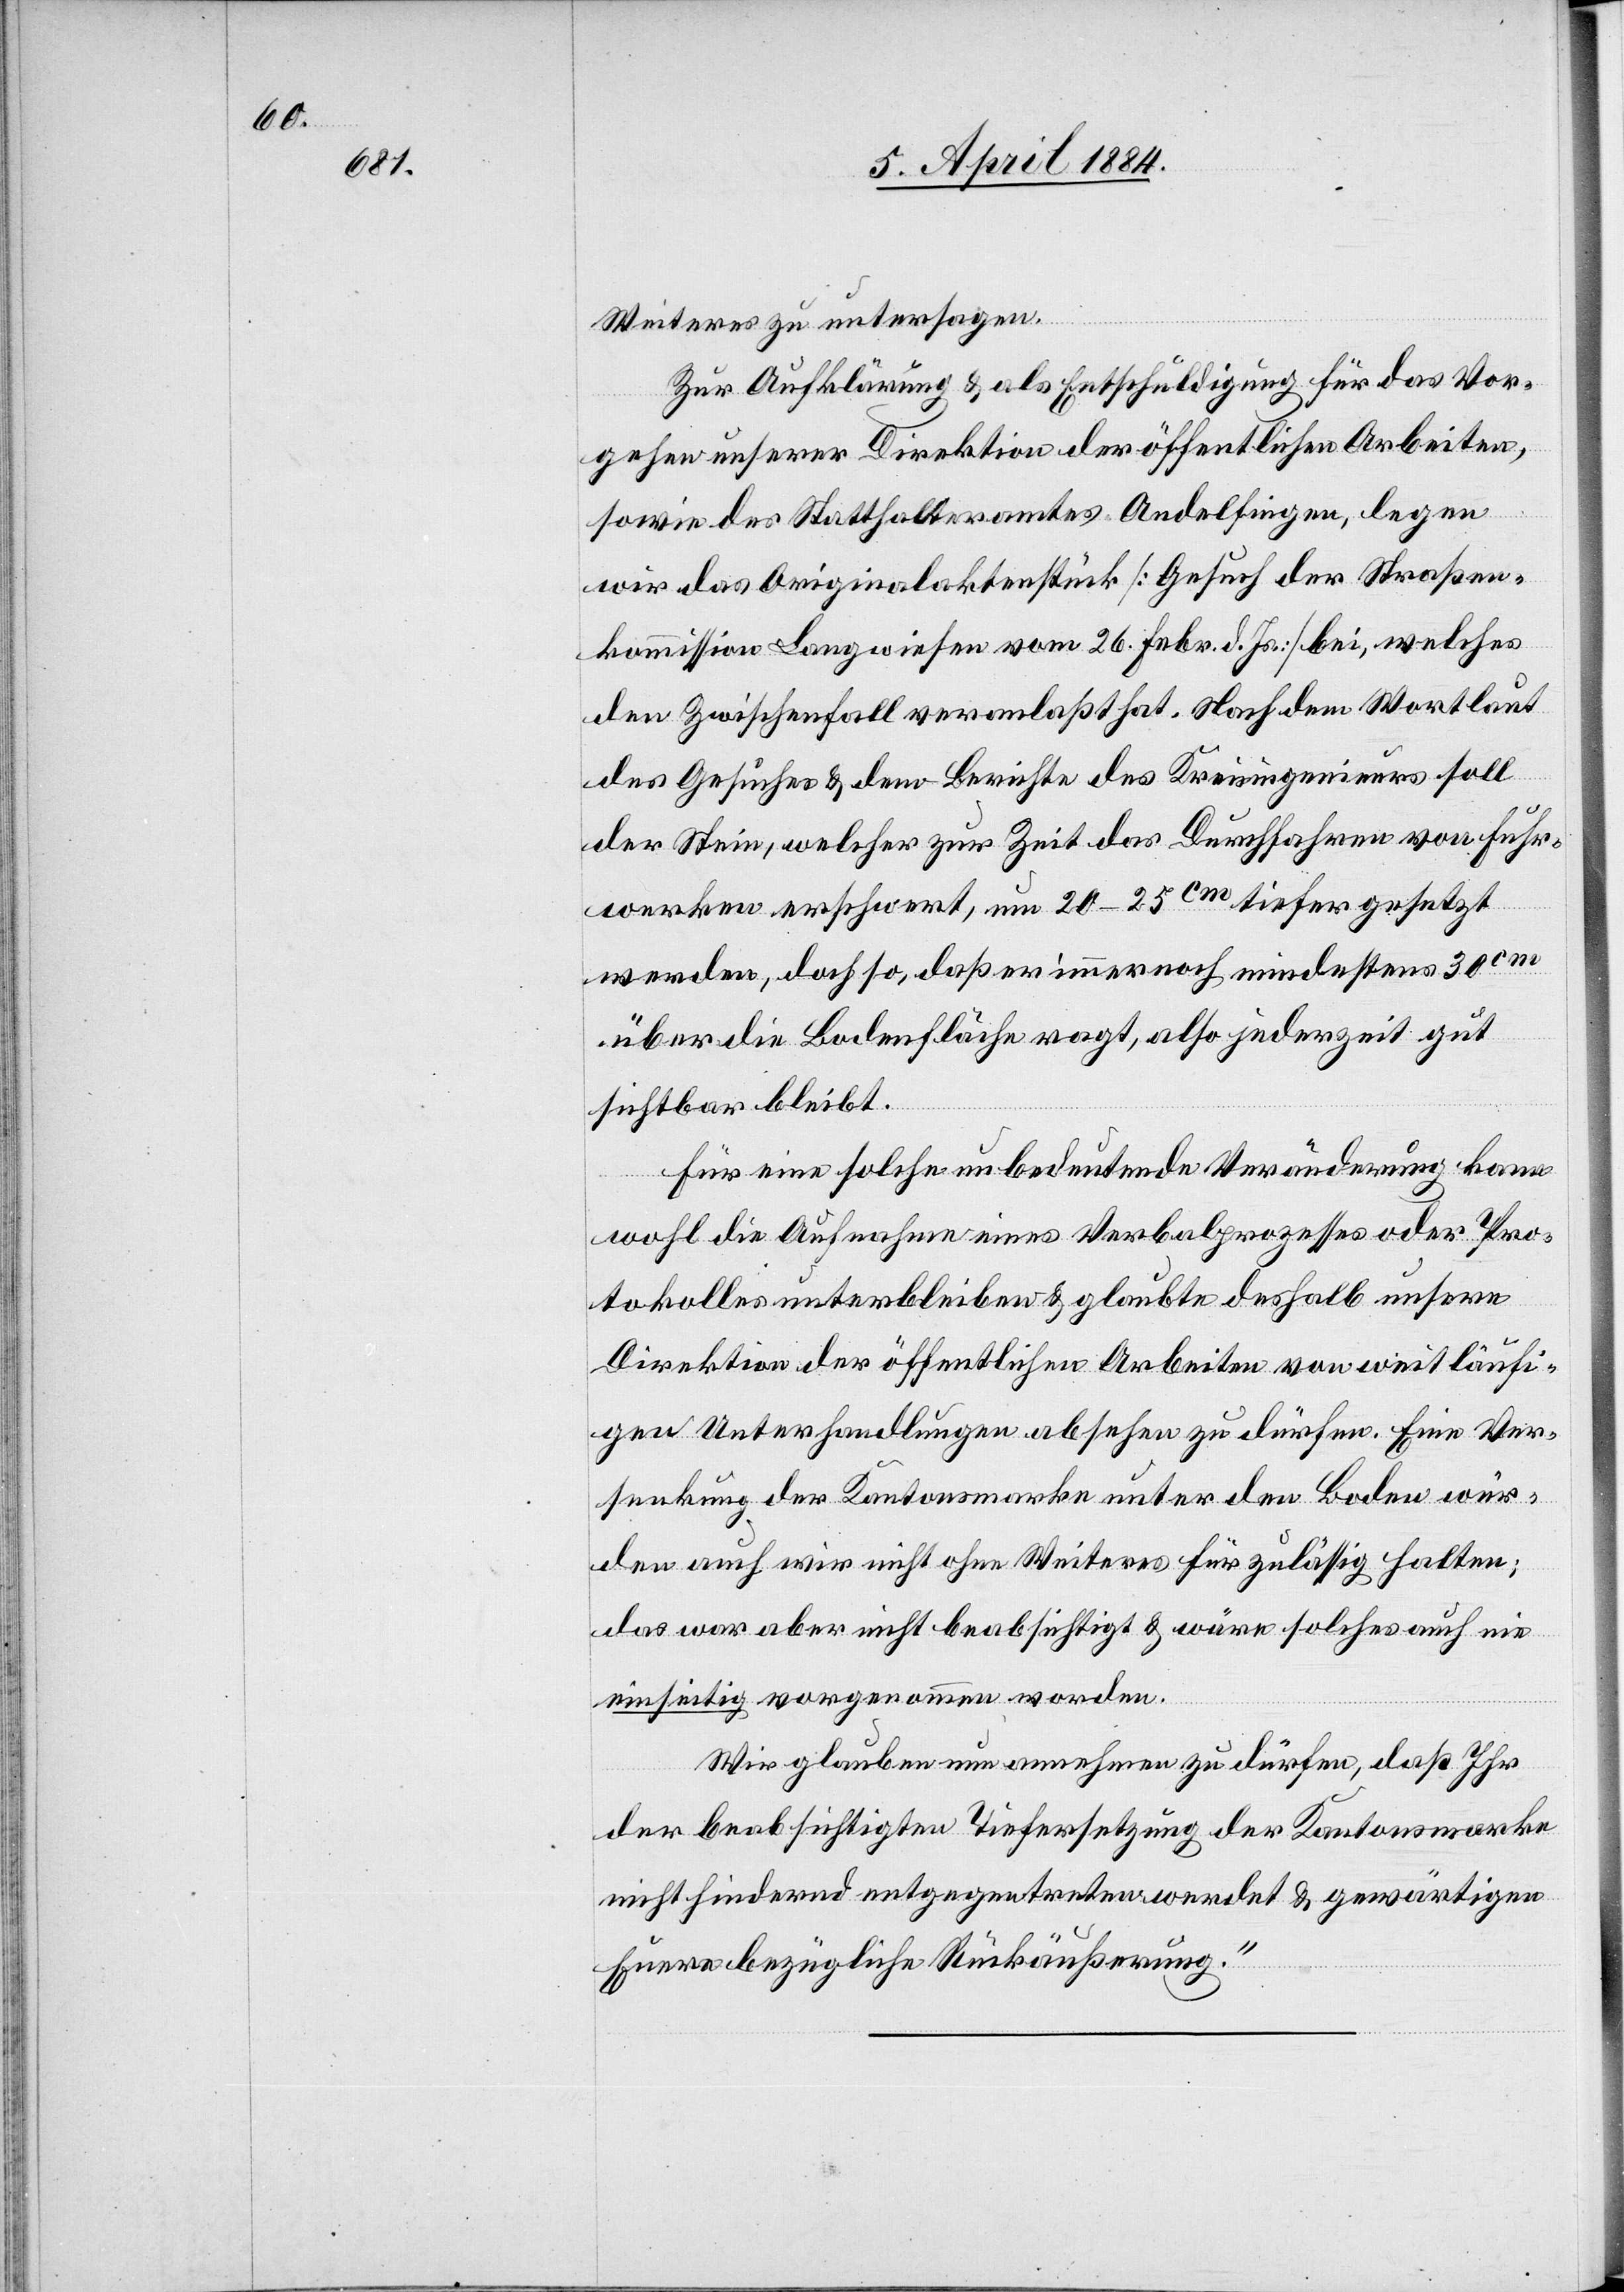
Weiteres zu untersagen.
Zur Aufhebung & als Entschuldigung für das Vor¬
gehen unserer Direktion der öffentlichen Arbeiten,
sowie des Statthalteramtes Andelfingen, legen
wir das Originalaktenstück [Gesuch der Straßen¬
kommission Langwiesen vom 26. Febr. d. Js.] bei, welches
den Zwischenfall veranlaßt hat. Nach dem Wortlaut
des Gesuches & dem Berichte des Kreisingenieurs soll
der Stein, welcher zur Zeit das Durchfahren von Fuhr¬
werken erschwert, um 20–25 cm tiefer gesetzt
werden, daß so, daß er immer noch mindestens 30 cm
über die Bodenfläche ragt, also jederzeit gut
sichtbar bleibt.
Für eine solche unbedeutende Veränderung kann
wohl die Aufnahme eines Verbalprozesses oder Pro¬
tokolles unterbleiben & glaubte deshalb unsere
Direktion der öffentlichen Arbeiten von weitläufi¬
gen Unterhandlungen absehen zu dürfen. Eine Ver¬
senkung der Kantonsmarke unter den Boden wür¬
den auch wir nicht ohne Weiteres für zulässig halten;
das war aber nicht beabsichtigt & wäre solches auch nie
einseitig vorgenommen worden.
Wir glauben nun annehmen zu dürfen, daß Ihr
der beabsichtigten Tiefersetzung der Kantonsmarke
nicht hindernd entgegentreten werdet & gewärtigen
Eure bezügliche Rückäußerung.“